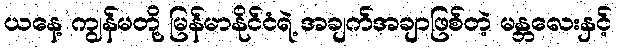
ယနေ့ ကျွန်မတို့ မြန်မာနိုင်ငံရဲ့ အချက်အချာဖြစ်တဲ့ မန္တလေးနှင့်